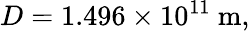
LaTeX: D=1.496\times 10^{11}\ \mathrm{m},